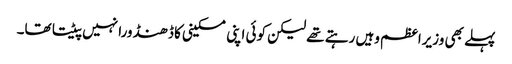
پہلے بھی وزیراعظم وہیں رہتے تھے لیکن کوئی اپنی مسکینی کا ڈھنڈورا نہیں پیٹتا تھا۔